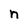
Character: n